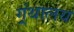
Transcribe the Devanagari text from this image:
ग्र्ंथालय